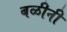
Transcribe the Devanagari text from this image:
बळीनी